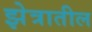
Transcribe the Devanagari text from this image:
झेत्रातील